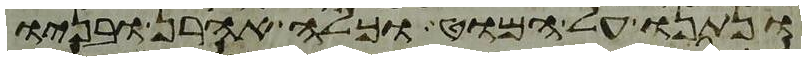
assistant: ונתנו על המוט וכלה אהרן ובניו